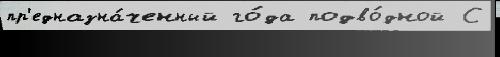
пр'едназна́ченный го́да подво́дной С